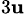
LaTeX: _{3\mathbf{u}}